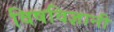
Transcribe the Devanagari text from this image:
विषविज्ञानी